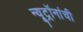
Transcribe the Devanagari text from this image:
न्यूट्रॉनांची